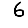
Digit: 6